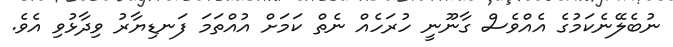
ނުބެލޭނެކަމުގެ އެއްވެސް ގާނޫނީ ހުރަހެއް ނެތް ކަމަށް އުއްތަމަ ފަނޑިޔާރު ވިދާޅުވި އެވެ.